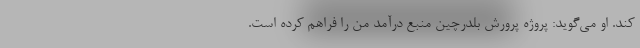
کند. او می‌گوید: پروژه پرورش بلدرچین منبع درآمد من را فراهم کرده است.